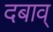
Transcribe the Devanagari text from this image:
दबाव्